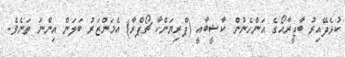
ކުޅެދޭއިރު ބާޖީރާއޯގެ އަންހެނުން ކާޝީބާއީ (ޕްރިޔަންކާ ޗޯޕްރާ) އެމަންޒަރު ބަލަން އިންނަ ތަނެވެ.